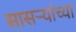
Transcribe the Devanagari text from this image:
सासर्‍यांच्या